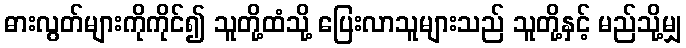
ဓားလွတ်များကိုကိုင်၍ သူတို့ထံသို့ ပြေးလာသူများသည် သူတို့နှင့် မည်သို့မျှ